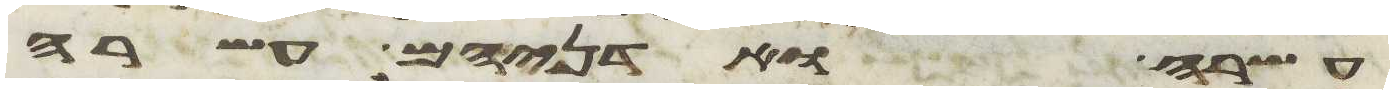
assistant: עשרה ואדניהם עשרה